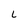
Character: 6